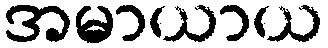
အမာယာယ